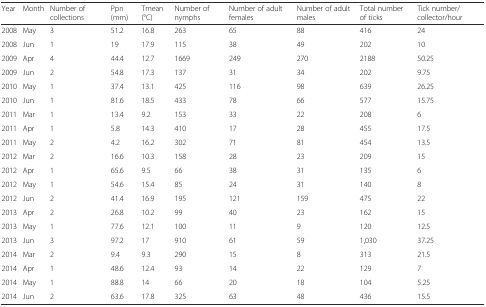
<table><thead><tr><td><b>Year</b></td><td><b>Month</b></td><td><b>Number of collections</b></td><td><b>Ppn (mm)</b></td><td><b>Tmean (°C)</b></td><td><b>Number of nymphs</b></td><td><b>Number of adult females</b></td><td><b>Number of adult males</b></td><td><b>Total number of ticks</b></td><td><b>Tick number/collector/hour</b></td></tr></thead><tbody><tr><td>2008</td><td>May</td><td>3</td><td>51.2</td><td>16.8</td><td>263</td><td>65</td><td>88</td><td>416</td><td>24</td></tr><tr><td>2008</td><td>Jun</td><td>1</td><td>19</td><td>17.9</td><td>115</td><td>38</td><td>49</td><td>202</td><td>10</td></tr><tr><td>2009</td><td>Apr</td><td>4</td><td>44.4</td><td>12.7</td><td>1669</td><td>249</td><td>270</td><td>2188</td><td>50.25</td></tr><tr><td>2009</td><td>Jun</td><td>2</td><td>54.8</td><td>17.3</td><td>137</td><td>31</td><td>34</td><td>202</td><td>9.75</td></tr><tr><td>2010</td><td>May</td><td>1</td><td>37.4</td><td>13.1</td><td>425</td><td>116</td><td>98</td><td>639</td><td>26.25</td></tr><tr><td>2010</td><td>Jun</td><td>1</td><td>81.6</td><td>18.5</td><td>433</td><td>78</td><td>66</td><td>577</td><td>15.75</td></tr><tr><td>2011</td><td>Mar</td><td>1</td><td>13.4</td><td>9.2</td><td>153</td><td>33</td><td>22</td><td>208</td><td>6</td></tr><tr><td>2011</td><td>Apr</td><td>1</td><td>5.8</td><td>14.3</td><td>410</td><td>17</td><td>28</td><td>455</td><td>17.5</td></tr><tr><td>2011</td><td>May</td><td>2</td><td>4.2</td><td>16.2</td><td>302</td><td>71</td><td>81</td><td>454</td><td>13.5</td></tr><tr><td>2012</td><td>Mar</td><td>2</td><td>16.6</td><td>10.3</td><td>158</td><td>28</td><td>23</td><td>209</td><td>15</td></tr><tr><td>2012</td><td>Apr</td><td>1</td><td>65.6</td><td>9.5</td><td>66</td><td>38</td><td>31</td><td>135</td><td>6</td></tr><tr><td>2012</td><td>May</td><td>1</td><td>54.6</td><td>15.4</td><td>85</td><td>24</td><td>31</td><td>140</td><td>8</td></tr><tr><td>2012</td><td>Jun</td><td>2</td><td>41.4</td><td>16.9</td><td>195</td><td>121</td><td>159</td><td>475</td><td>22</td></tr><tr><td>2013</td><td>Apr</td><td>2</td><td>26.8</td><td>10.2</td><td>99</td><td>40</td><td>23</td><td>162</td><td>15</td></tr><tr><td>2013</td><td>May</td><td>1</td><td>77.6</td><td>12.1</td><td>100</td><td>11</td><td>9</td><td>120</td><td>12.5</td></tr><tr><td>2013</td><td>Jun</td><td>3</td><td>97.2</td><td>17</td><td>910</td><td>61</td><td>59</td><td>1,030</td><td>37.25</td></tr><tr><td>2014</td><td>Mar</td><td>2</td><td>9.4</td><td>9.3</td><td>290</td><td>15</td><td>8</td><td>313</td><td>21.5</td></tr><tr><td>2014</td><td>Apr</td><td>1</td><td>48.6</td><td>12.4</td><td>93</td><td>14</td><td>22</td><td>129</td><td>7</td></tr><tr><td>2014</td><td>May</td><td>1</td><td>88.8</td><td>14</td><td>66</td><td>20</td><td>18</td><td>104</td><td>5.25</td></tr><tr><td>2014</td><td>Jun</td><td>2</td><td>63.6</td><td>17.8</td><td>325</td><td>63</td><td>48</td><td>436</td><td>15.5</td></tr></tbody></table>